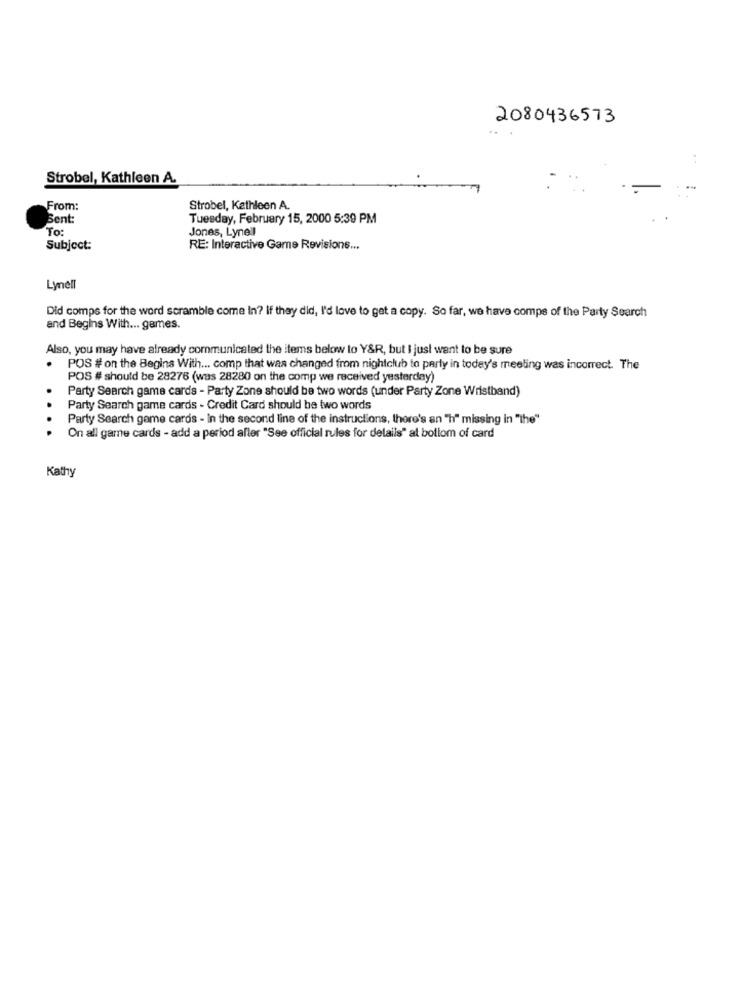
2080436573
Strobel, Kathleen A.
From:
Strobel, Kathleen A.
Bent:
Tuesday, February 15, 2000 5:39 PM
To:
Jones, Lynell
Subject:
RE: Interactive Game Revisions ...
Lynell
Did comps for the word scramble come In? If they did, I'd love to get a copy. So far, we have comps of the Party Search
and Begins With ... games.
Also, you may have already communicated the items below to Y&R, but I just want to be sure
POS # on the Begins With ... comp that was changed from nightclub to perly in today's meeting was incorrect. The
POS # should be 28276 (was 28280 on the comp we received yesterday)
Party Search game cards - Party Zone should be two words (under Party Zone Wristband)
..
Party Search game cards - Credit Card should be two words
Party Search game cards - In the second line of the instructions, there's an "h" missing in "the"
On all game cards - add a period after "See official rules for details" at bollom of card
Kathy